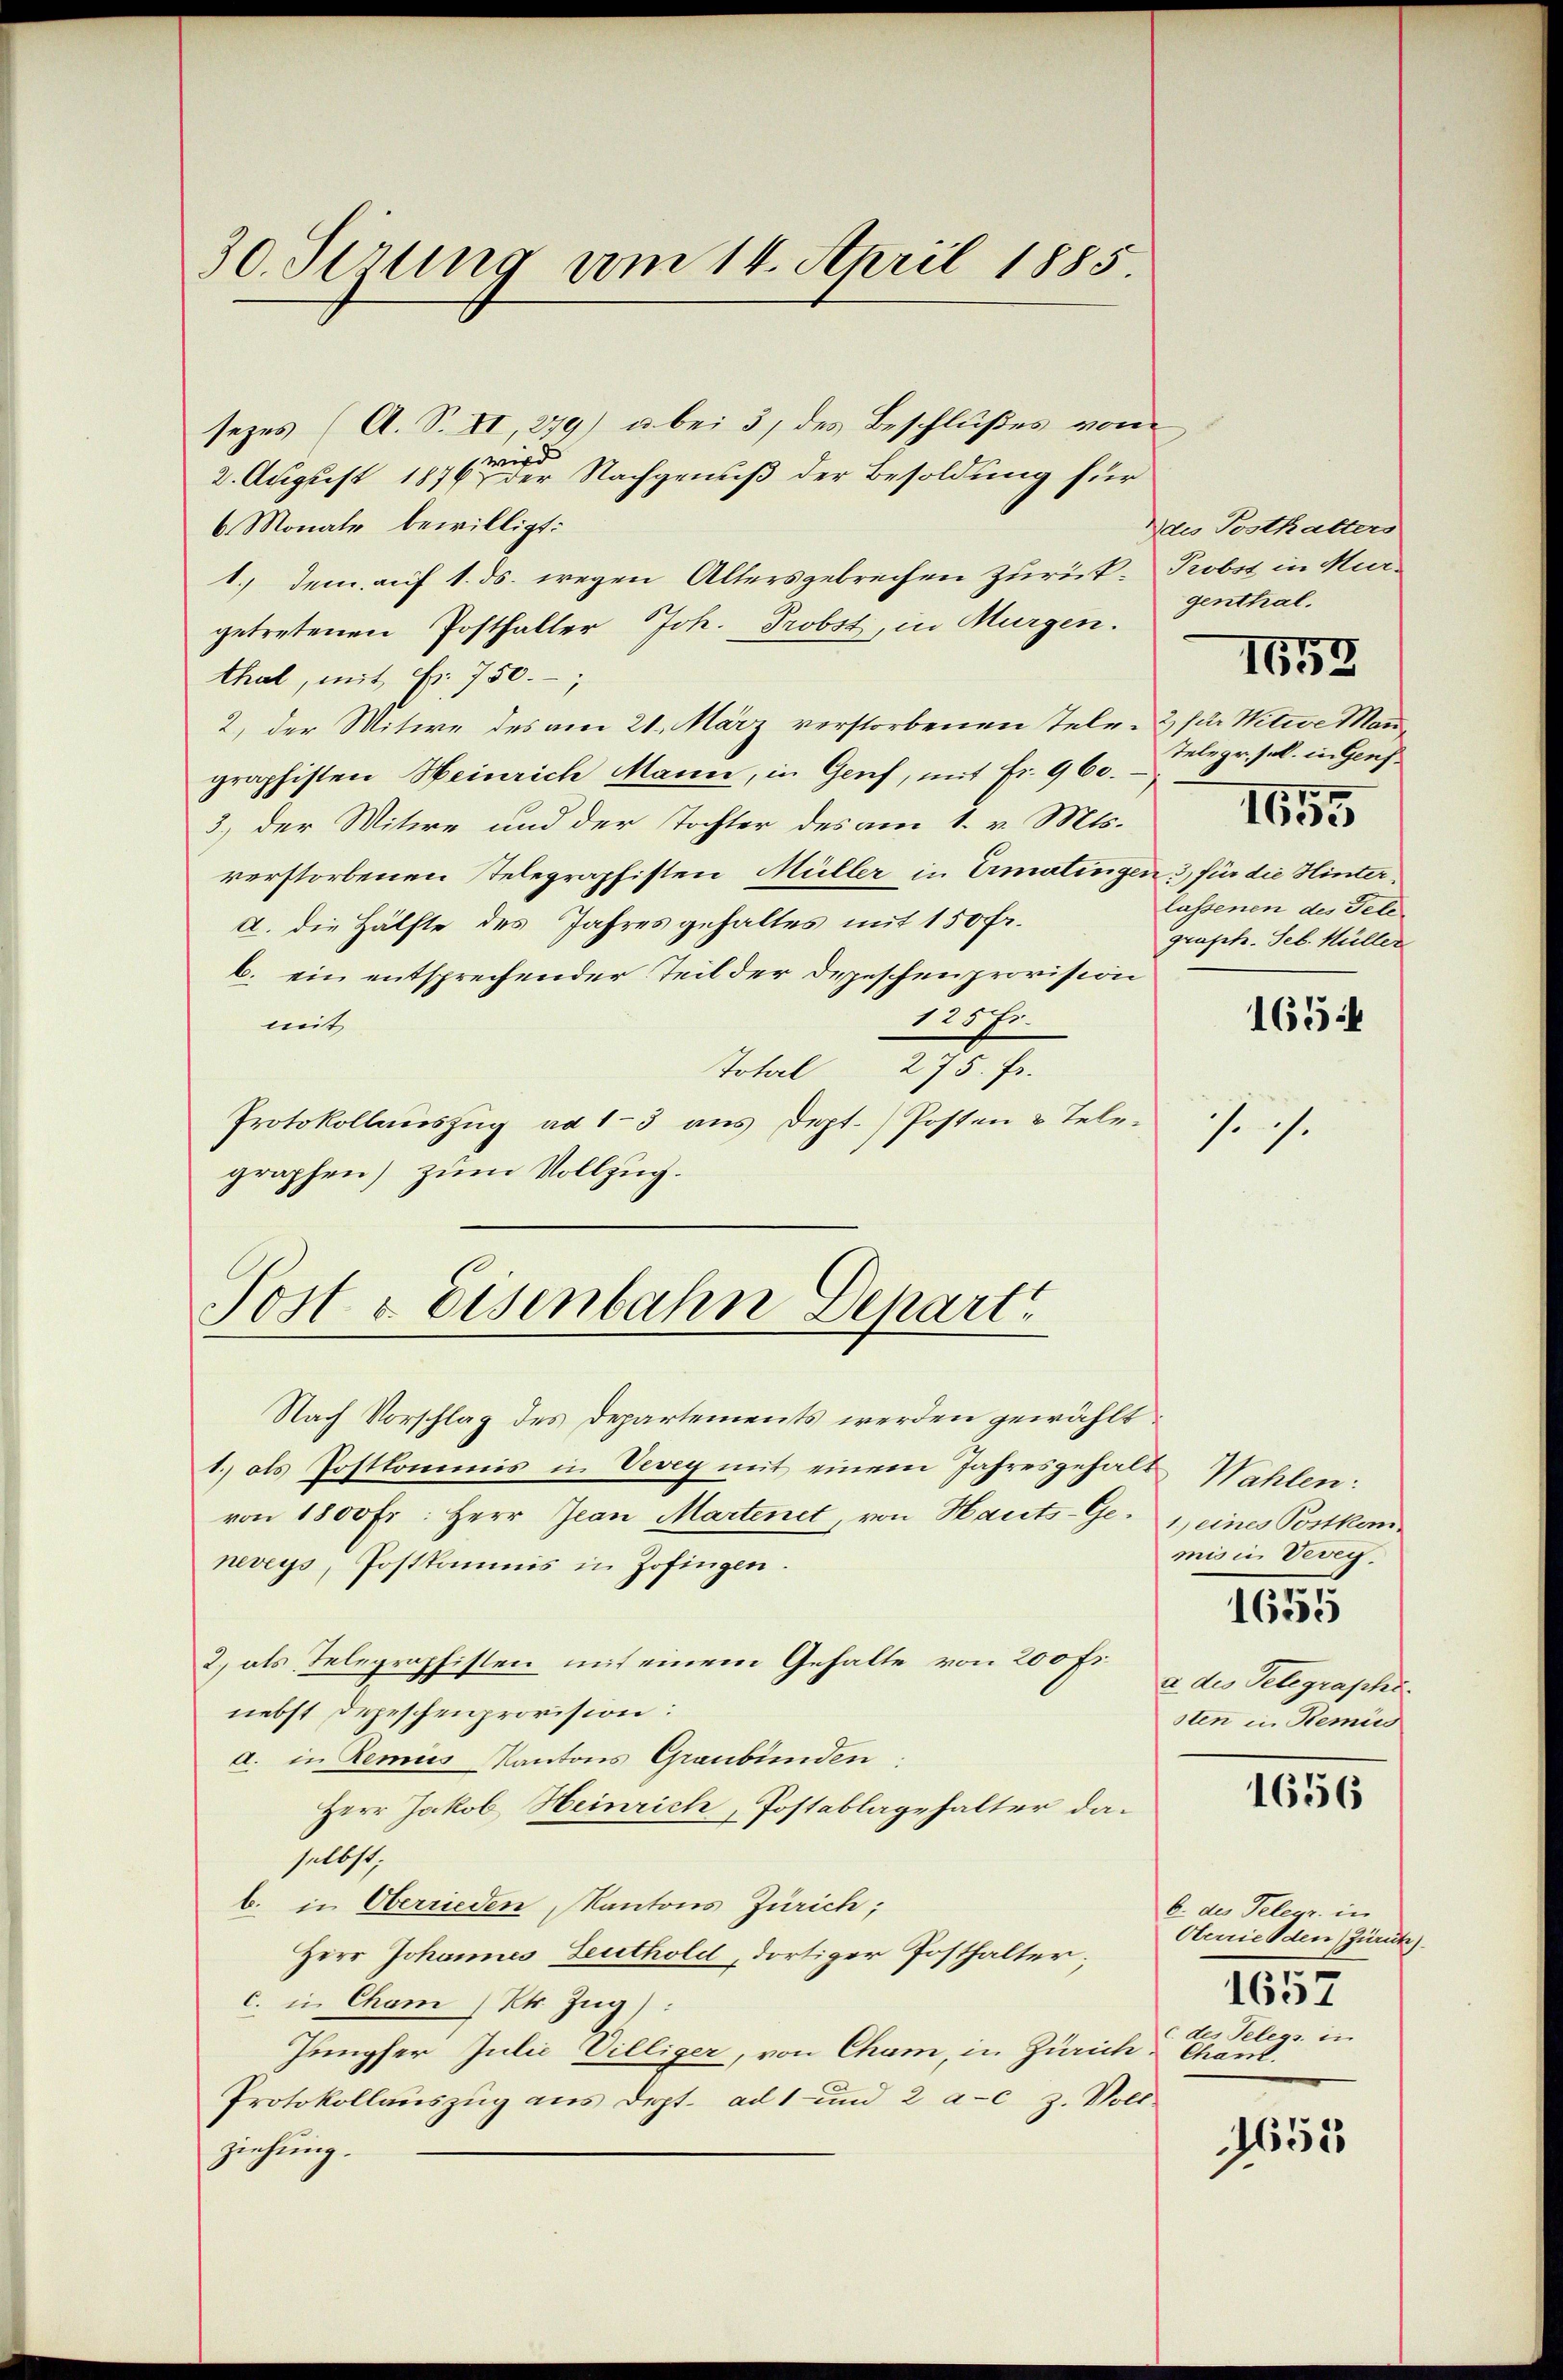
30. Serung vom 14. April 1885.

sezes (A. S. II, 279) u. bei 3) des Beschlußes von
wird
2. August 1876 der Nachgenuß der Besoldung für
6 Monate bewilligt:
1.) dem auf 1. ds. wegen Altersgebrechen zurück- Probst in Mur-
getretenen Posthalter Joh. Probst, in Murgen.
thal, mit Fr. 750.
2., der Witwe des am 21. März verstorbenen Tele- & für Witwe Mau
graphisten Heinrich Mann, in Genf, mit Fr. 960.
3.) der Witwe und der Tochter des am 1. v. Mts.
verstorbenen Telegraphisten Müller in Ermatingen 3 für die Hintera. die Hälfte des Jahres gehaltes mit 150 Fr.
b. ein entsprechender Teil der Depeschenprovision
125 Fr.
mit
Total 275. Fr.
Protokollauszug ad 13 aus Dept.) Posten & Telegraphen) zum Vollzug.

Post v. Eisenbahn Depart

Nach Vorschlag des Departements werden gewählt,
1. als Postkommis in Vevey mit einem Jahresgehalt Wahlen:
von 1800 Fr: Herr Jean Martenet, von Hauts-Geneveys, Postkommis in Zofingen.
2) als Telegropfisten mit einem Gehalte von 200 Fr.
nebst Depeschenprovision:
a. in demies Kantons Graubünden:
Herr Jakob Heinrich, Postablagehalter daselbst,
b. in Oberrieden Kantons Zürich;
Herr Johannes Leuthold, dortiger Posthalter;
c. in Cham ( Kt. Zug):
Jungfer Julie Villiger, von Cham, in Zürich, Chant.
Protokollauszug aus Dept. ad 1 und 2 a-c z. Voll
ziehung.

Daus Posthalters
genthal.
Telegr. sl. in Genf.
1655
lassenen des Telegrafete. Seb. Müller

s. s.

1653

165:

1.) eines Postkanmis in Vevey.
1655
a des Telegraphi
sten in Remic

1656

b. des Telegr. in
Oberrieden (Zürich)
1657
c des Telegs. in

1655